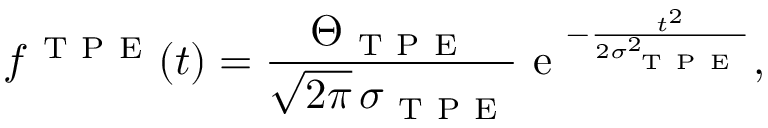
f ^ { \mathrm { ~ T ~ P ~ E ~ } } ( t ) = \frac { \Theta _ { \mathrm { ~ T ~ P ~ E ~ } } } { \sqrt { 2 \pi } \, \sigma _ { \mathrm { ~ T ~ P ~ E ~ } } } \mathrm { ~ e ~ } ^ { - \frac { t ^ { 2 } } { 2 \sigma _ { \mathrm { ~ T ~ P ~ E ~ } } ^ { 2 } } } ,